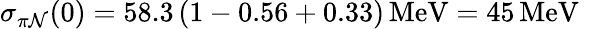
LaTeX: \sigma_{\pi\mathcal{N}}(0)=58.3\, (1-0.56+0.33)\, \mathrm{{MeV}}=45\, \mathrm{{MeV}}\, \,